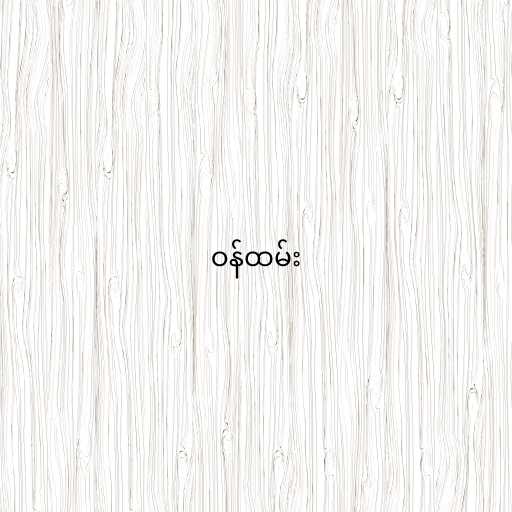
ဝန်ထမ်း